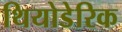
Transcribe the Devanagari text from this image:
थियोडेरिक